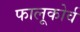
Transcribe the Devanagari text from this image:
फालूकोर्व